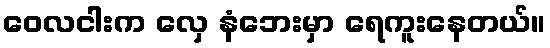
ဝေလငါးက လှေ နံဘေးမှာ ရေကူးနေတယ်။